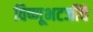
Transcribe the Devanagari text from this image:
विष्णूभटजींचे